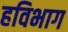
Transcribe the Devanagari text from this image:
हविभाग